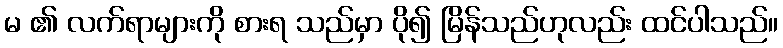
မ ၏ လက်ရာများကို စားရ သည်မှာ ပို၍ မြိန်သည်ဟုလည်း ထင်ပါသည်။